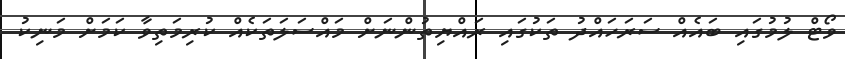
ވޯޓް ލުމުގައި ބައެއް ސަރަހައްދު ތަކުގައި ރައްޔިތުންނަށް މައްސަލަތަކެއް ކުރިމަތިވާ ކަމަށް މަނިކު